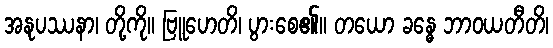
အနုပဿနာ၊ တို့ကို။ ဗြူဟေတိ၊ ပွားစေ၏။ တယော ခန္ဓေ ဘာဝယတီတိ၊